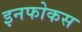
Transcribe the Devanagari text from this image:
इनफोकस